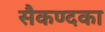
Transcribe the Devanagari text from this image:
सैकण्दका